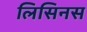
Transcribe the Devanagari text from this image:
लिसिनस